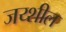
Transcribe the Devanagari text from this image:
जय्शील